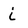
Character: i